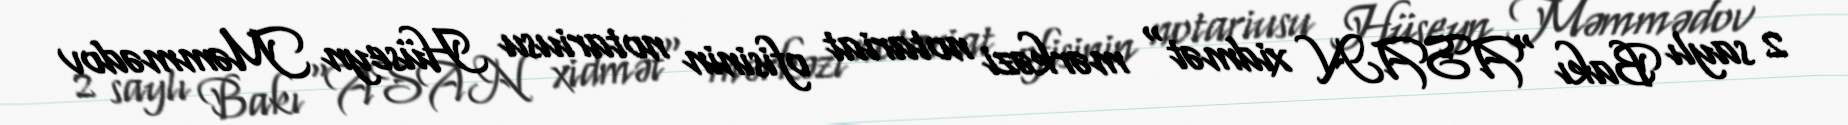
2 saylı Bakı "ASAN xidmət" mərkəzi notariat ofisinin notariusu Hüseyn Məmmədov